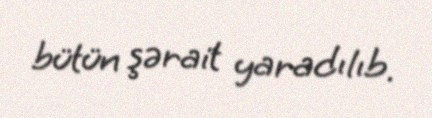
bütün şərait yaradılıb.